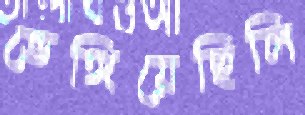
ভেঙ্গিয়েছিলি